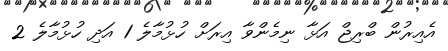
އެއިރުން ބްރިޖް އަޅާ ނިމެންވާ އިރަށް ހުޅުމާލެ 1 އަދި ހުޅުމާލެ 2